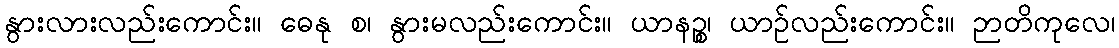
နွားလားလည်းကောင်း။ ဓေနု စ၊ နွားမလည်းကောင်း။ ယာနဉ္စ၊ ယာဉ်လည်းကောင်း။ ဉာတိကုလေ၊